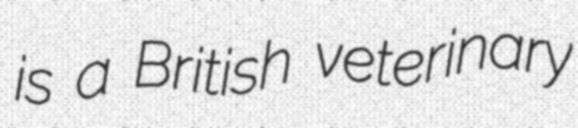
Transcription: is a British veterinary